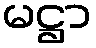
မဋ္ဌာ